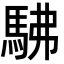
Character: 𮩽